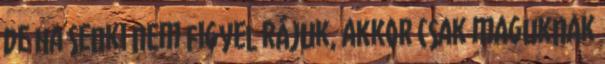
de ha senki nem figyel rájuk, akkor csak maguknak